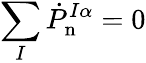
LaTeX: \sum_{I}\dot{P}_{\mathrm{n}}^{I\alpha}=0